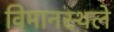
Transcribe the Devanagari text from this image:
विमानस्थले